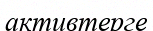
активтерге